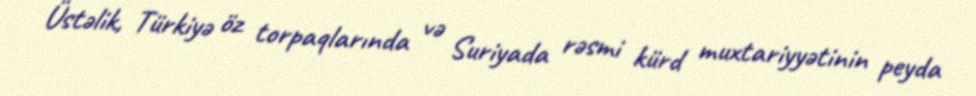
Üstəlik, Türkiyə öz torpaqlarında və Suriyada rəsmi kürd muxtariyyətinin peyda